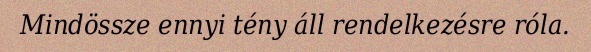
Mindössze ennyi tény áll rendelkezésre róla.